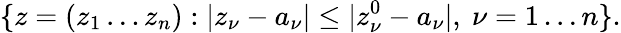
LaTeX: \{ z=(z_{1}\dots z_{n}):|z_{\nu}-a_{\nu}|\leq|z_{\nu}^{0}-a_{\nu}|,\ \nu=1\dots n\} .